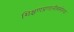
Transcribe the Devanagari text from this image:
शिक्षणप्रणालीसमोरचा